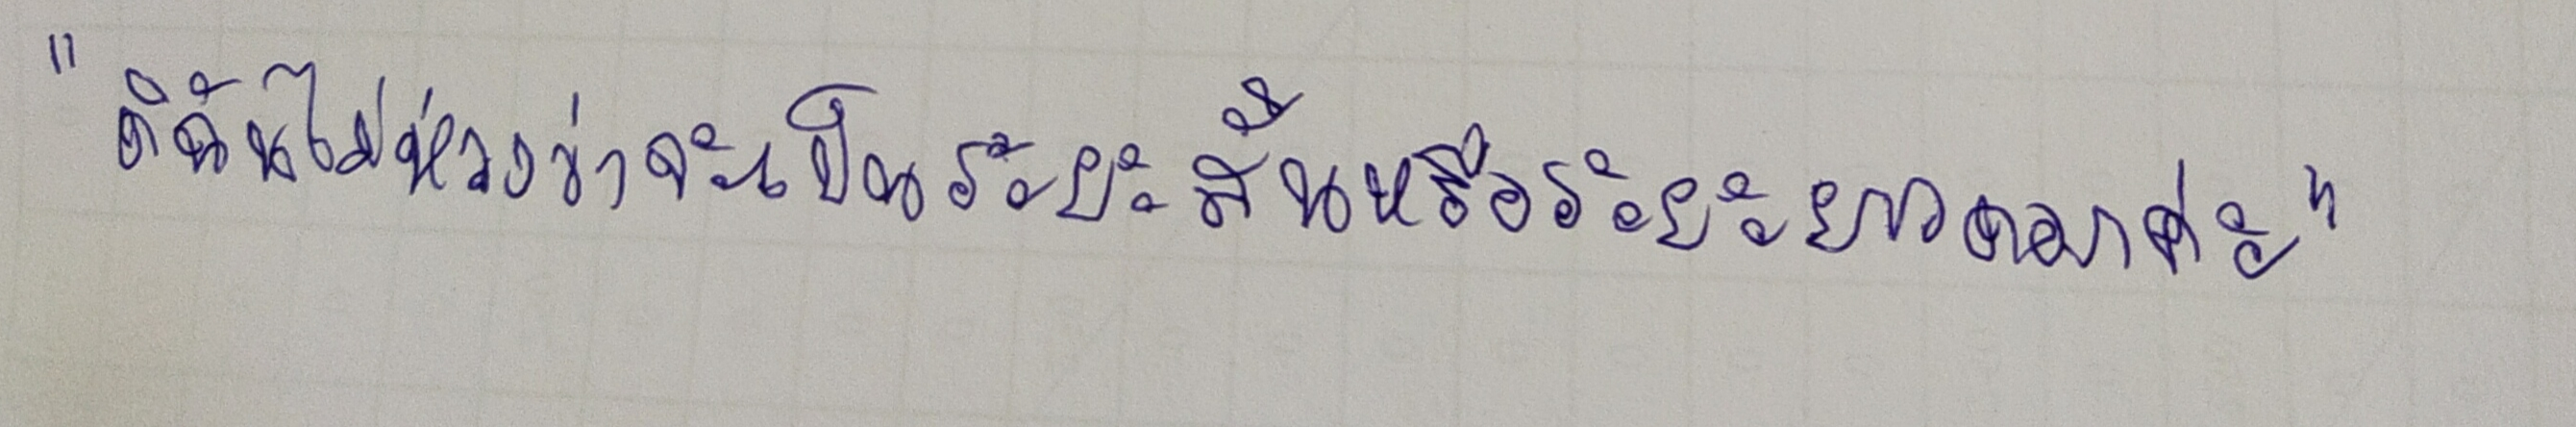
"ดิฉันไม่ห่วงว่าจะเป็นระยะสั้นหรือระยะยาวดอกค่ะ"